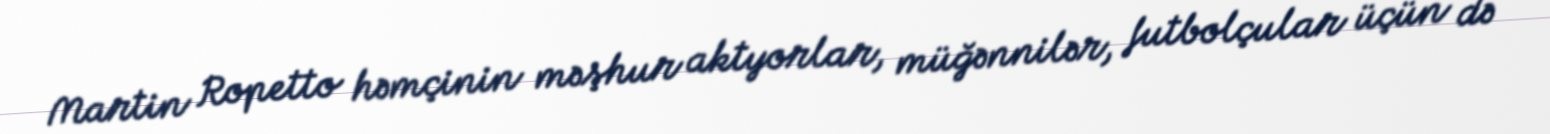
Martin Ropetto həmçinin məşhur aktyorlar, müğənnilər, futbolçular üçün də